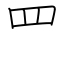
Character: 罒